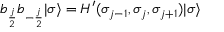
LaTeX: b _ { { \frac { j } { 2 } } } b _ { - { \frac { j } { 2 } } } | \sigma \rangle = H ^ { \prime } ( \sigma _ { j - 1 } , \sigma _ { j } , \sigma _ { j + 1 } ) | \sigma \rangle